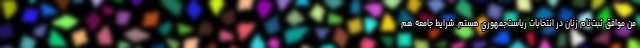
من موافق ثبت‌نام زنان در انتخابات رياست‌جمهوري هستم. شرايط جامعه هم